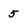
Character: 5